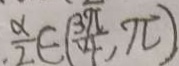
\frac { \alpha } { 2 } \in ( \frac { 3 \pi } { 4 } , \pi )